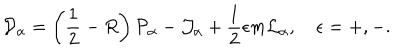
{ \cal D } _ { \alpha } = \left( \frac { 1 } { 2 } - R \right) { \cal P } _ { \alpha } - { \cal J } _ { \alpha } + \frac { 1 } { 2 } \epsilon m { \cal L } _ { \alpha } , \quad \epsilon = + , - .